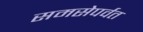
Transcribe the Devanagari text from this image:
समसेपर्वत